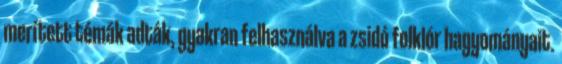
merített témák adták, gyakran felhasználva a zsidó folklór hagyományait.